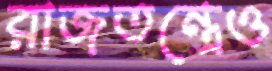
রাজতন্ত্রেও